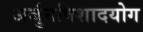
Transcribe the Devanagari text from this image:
अर्जुनविशादयोग